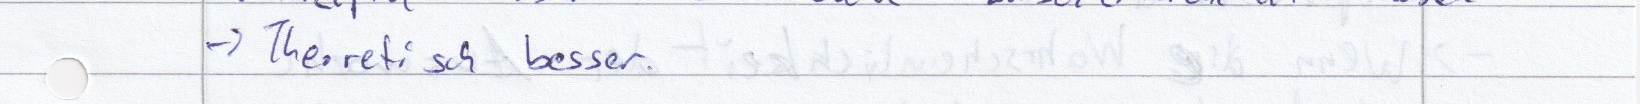
-> Theoretisch besser